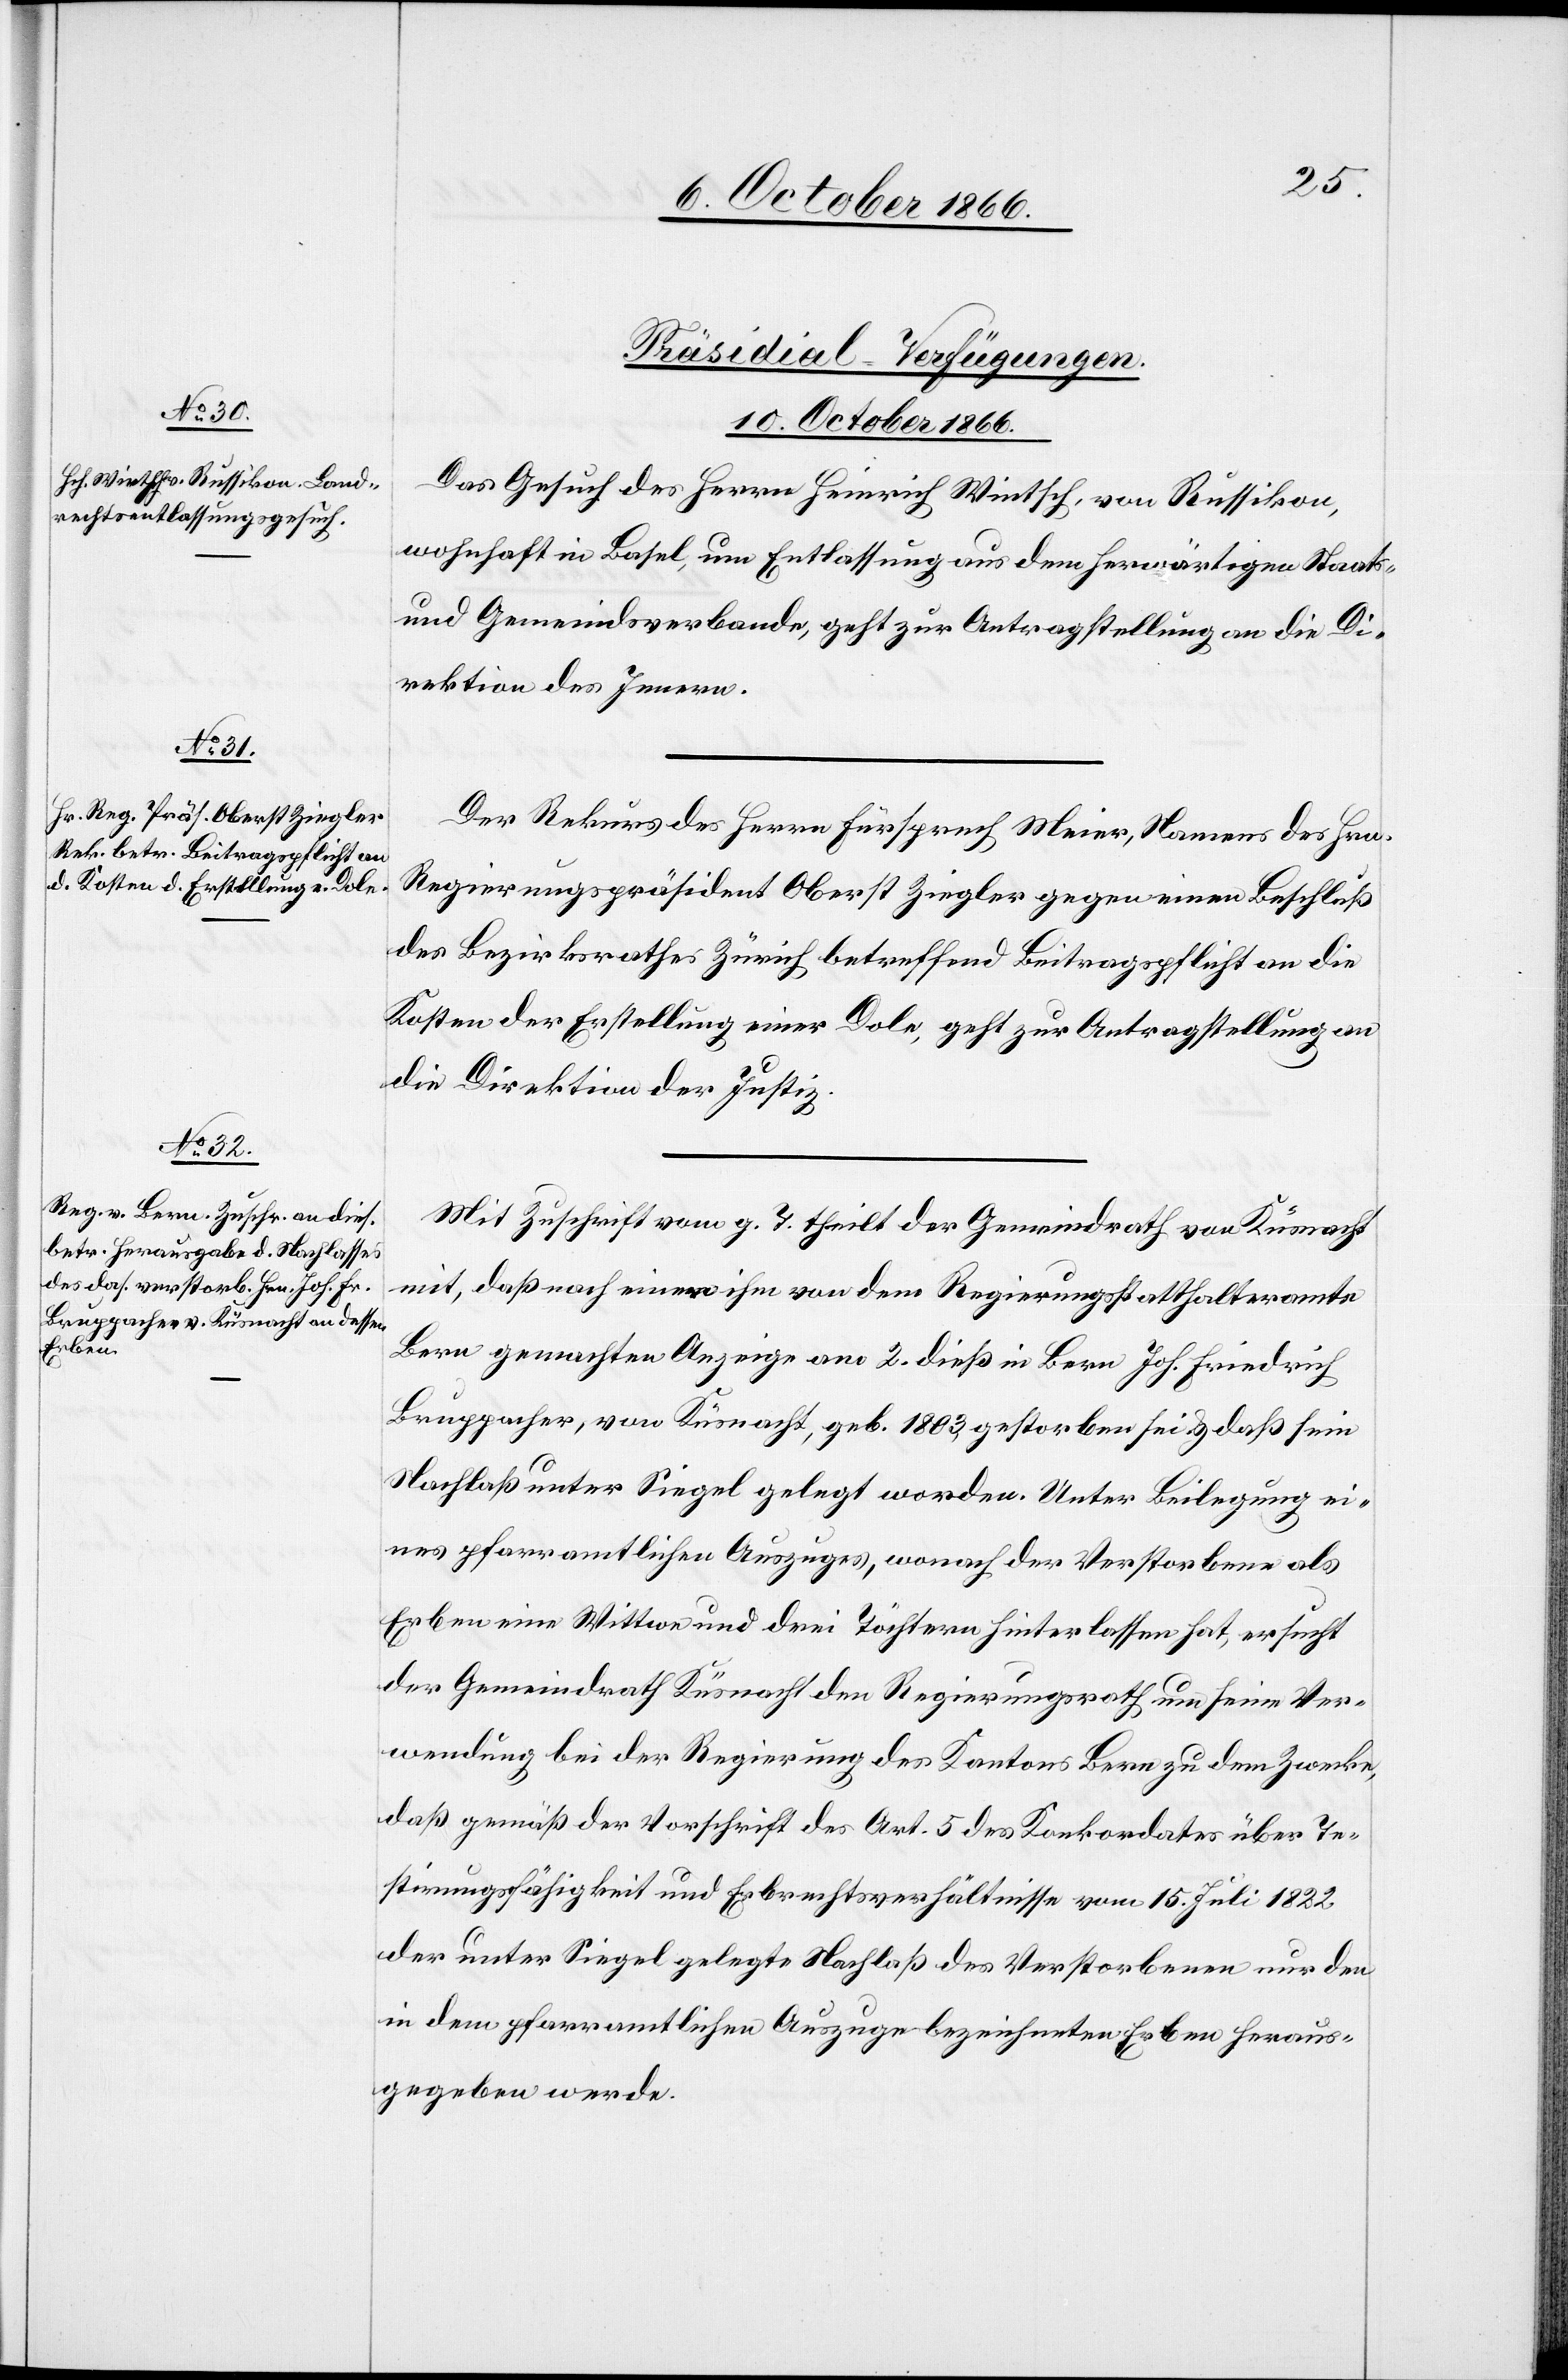
[Präsidial-Verfügungen.
10. October 1866.]
Das Gesuch des Herrn Heinrich Wintsch, von Russikon,
wohnhaft in Basel, um Entlassung aus dem herwärtigen Staats-
und Gemeindsverbande, geht zur Antragstellung an die Di¬
rektion des Innern.
Der Rekurs des Herrn Fürsprech Meier, Namens des Hrn.
Regierungspräsident Oberst Ziegler gegen einen Beschluß
des Bezirksrathes Zürich betreffend Beitragspflicht an die
Kosten der Erstellung einer Dole, geht zur Antragstellung an
die Direktion der Justiz.
Mit Zuschrift vom g. T. theilt der Gemeindrath von Küsnacht
mit, daß nach einer ihm von dem Regierungsstatthalteramte
Bern gemachten Anzeige am 2. dieß in Bern Joh. Friedrich
Bruppacher, von Küsnacht, geb 1803, gestorben sei & daß sein
Nachlaß unter Siegel gelegt worden. Unter Beilegung ei¬
nes pfarramtlichen Auszuges, wonach der Verstorbene als
Erben eine Wittwe und drei Töchtern [sic!] hinterlassen hat, ersucht
der Gemeindrath Küsnacht den Regierungsrath um seine Ver¬
wendung bei der Regierung des Kantons Bern zu dem Zwecke,
daß gemäß der Vorschrift des Art. 5 des Konkordates über Te¬
stirungsfähigkeit und Erbrechtsverhältnisse vom 15. Juli 1822
der unter Siegel gelegte Nachlaß des Verstorbenen nur den
in dem pfarramtlichen Auszuge bezeichneten Erben heraus¬
gegeben werde.